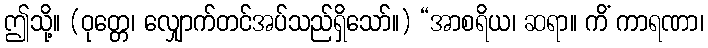
ဤသို့။ (ဝုတ္တေ၊ လျှောက်တင်အပ်သည်ရှိသော်။) “အာစရိယ၊ ဆရာ။ ကိံ ကာရဏာ၊